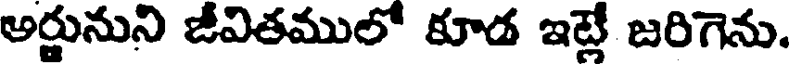
అర్జునుని జీవితములో కూడ ఇట్లే జరిగెను.